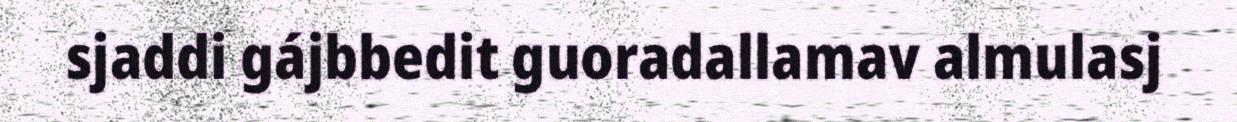
sjaddi gájbbedit guoradallamav almulasj